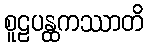
စူဠပန္ထကဿာတိ